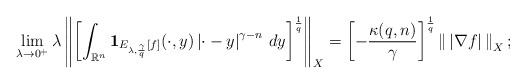
LaTeX: \begin{align*}\lim_{\lambda\to0^+}\lambda\left\|\left[\int_{\mathbb{R}^n}\mathbf{1}_{E_{\lambda,\frac{\gamma}{q}}[f]}(\cdot,y)\left|\cdot-y\right|^{\gamma-n}\,dy\right]^\frac{1}{q}\right\|_X=\left[-\frac{\kappa(q,n)}{\gamma}\right]^\frac{1}{q}\left\|\,\left|\nabla f\right|\,\right\|_{X};\end{align*}